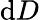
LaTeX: \mathrm{d}D